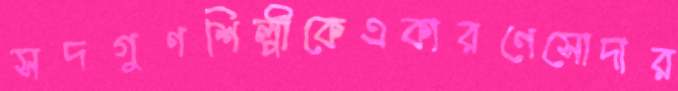
সদগুণশিল্পীকেএকারণেসোদার